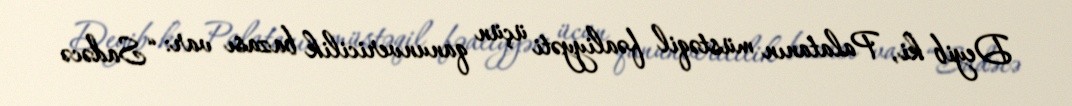
Deyib ki, Palatanın müstəqil fəaliyyəti üçün qanunvericilik bazası var: “Sadəcə